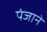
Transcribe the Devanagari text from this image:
पंजाने